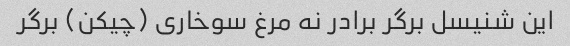
این شنیسل برگر برادر نه مرغ سوخاری (چیکن) برگر